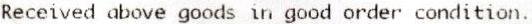
RECEIVED ABOVE GOODS IN GOOD ORDER CONDITION.